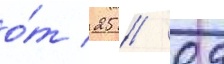
о́т 25 // 09